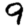
Digit: 9